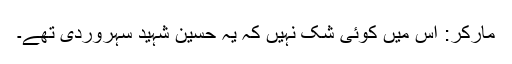
مارکر: اس میں کوئی شک نہیں کہ یہ حسین شہید سہروردی تھے۔